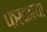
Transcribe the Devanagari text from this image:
फरकाचा